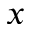
{ x }